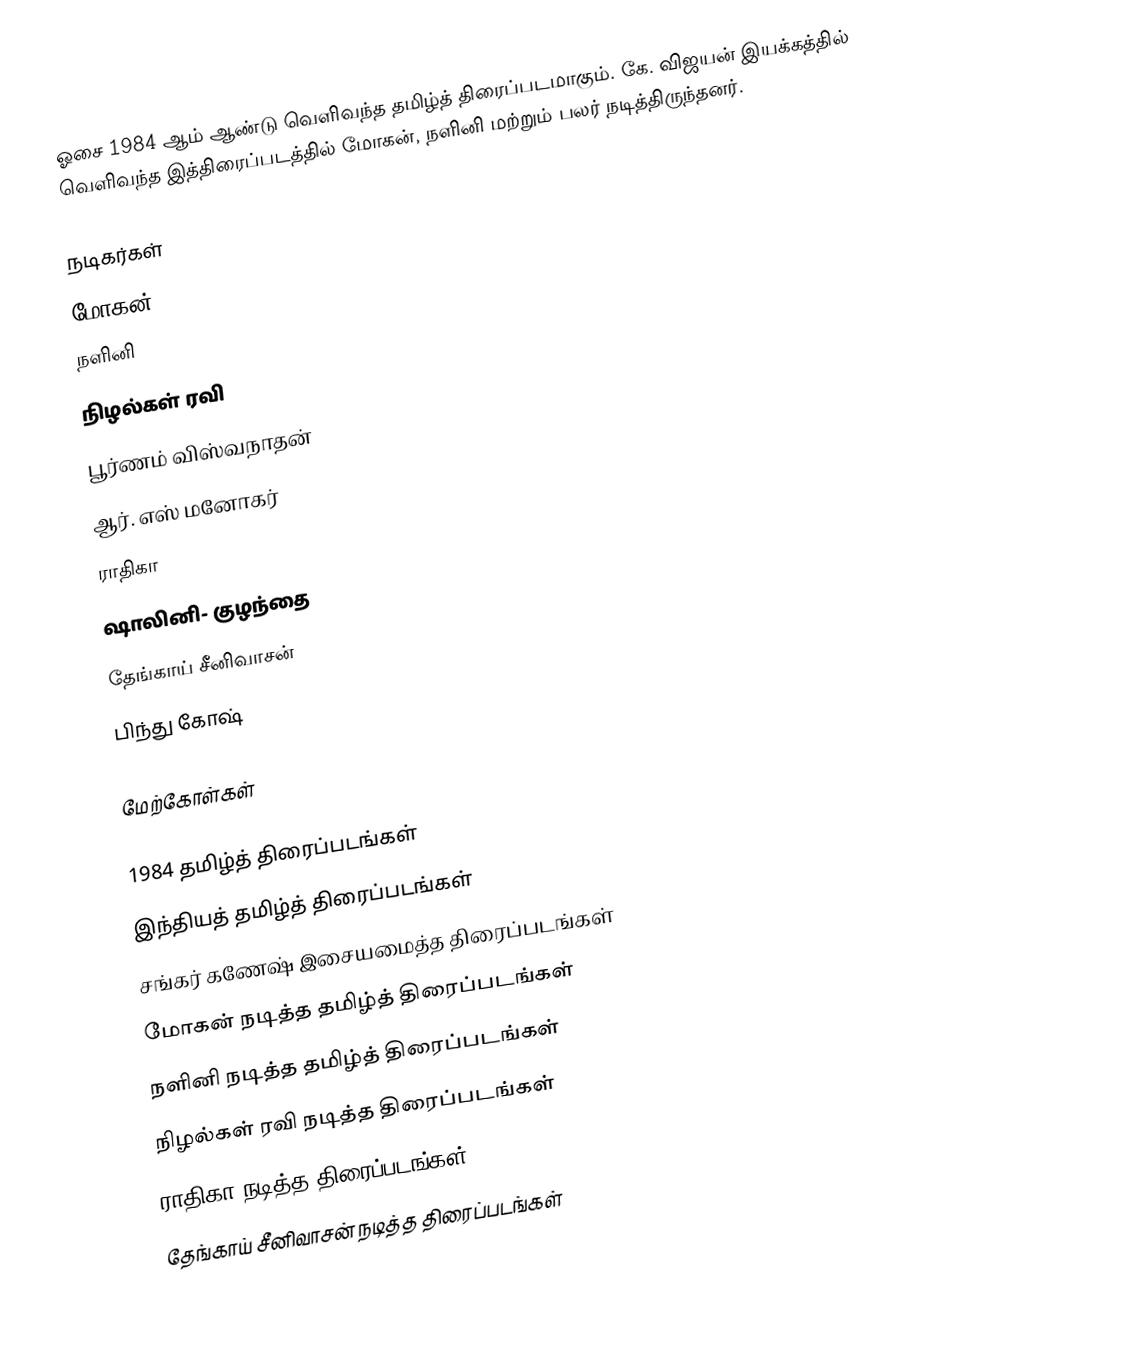
ஓசை 1984 ஆம் ஆண்டு வெளிவந்த தமிழ்த் திரைப்படமாகும். கே. விஜயன் இயக்கத்தில் வெளிவந்த இத்திரைப்படத்தில் மோகன், நளினி மற்றும் பலர் நடித்திருந்தனர்.

நடிகர்கள்
 மோகன்
 நளினி
 நிழல்கள் ரவி
 பூர்ணம் விஸ்வநாதன்
 ஆர். எஸ் மனோகர்
 ராதிகா
 ஷாலினி- குழந்தை
 தேங்காய் சீனிவாசன்
 பிந்து கோஷ்

மேற்கோள்கள்

1984 தமிழ்த் திரைப்படங்கள்
இந்தியத் தமிழ்த் திரைப்படங்கள்
சங்கர் கணேஷ் இசையமைத்த திரைப்படங்கள்
மோகன் நடித்த தமிழ்த் திரைப்படங்கள்
நளினி நடித்த தமிழ்த் திரைப்படங்கள்
நிழல்கள் ரவி நடித்த திரைப்படங்கள்
ராதிகா நடித்த திரைப்படங்கள்
தேங்காய் சீனிவாசன் நடித்த திரைப்படங்கள்